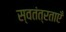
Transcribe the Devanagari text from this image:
स्वतंत्रताएँ